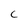
Character: C